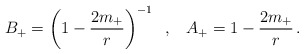
\begin{align*}B_{+} = \left(1-\frac{2m_{+}}{r}\right)^{-1} \;\;,\;\;\; A_{+} =1-\frac{2m_{+}}{r} \,. \end{align*}